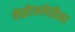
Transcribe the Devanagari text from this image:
मेसोअमेरीका